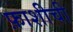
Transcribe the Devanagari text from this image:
फ़ाशीची